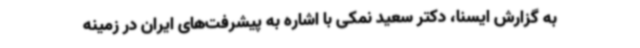
به گزارش ایسنا، دکتر سعید نمکی با اشاره به پیشرفت‌های ایران در زمینه